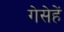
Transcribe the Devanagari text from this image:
गेसेहें